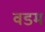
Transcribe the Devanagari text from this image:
वडम